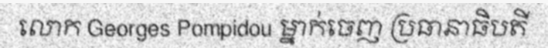
លោក Georges Pompidou ម្នាក់ចេញ ប្រធានាធិបតី